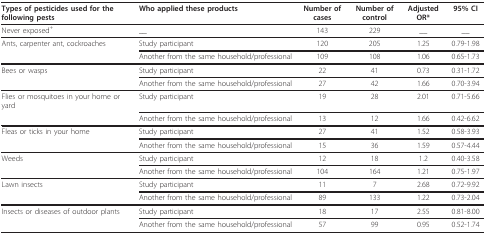
| Types of pesticides used for the following pests | Who applied these products | Number of cases | Number of control | Adjusted OR* | 95% CI |
 | --- | --- | --- | --- | --- | --- |
 | Never exposed+ | __ | 143 | 229 | __ | __ |
 | Ants, carpenter ant, cockroaches | Study participant | 120 | 205 | 1.25 | 0.79-1.98 |
 |  | Another from the same household/professional | 109 | 108 | 1.06 | 0.65-1.73 |
 | Bees or wasps | Study participant | 22 | 41 | 0.73 | 0.31-1.72 |
 |  | Another from the same household/professional | 27 | 42 | 1.66 | 0.70-3.94 |
 | Flies or mosquitoes in your home or yard | Study participant | 19 | 28 | 2.01 | 0.71-5.66 |
 |  | Another from the same household/professional | 13 | 12 | 1.66 | 0.42-6.62 |
 | Fleas or ticks in your home | Study participant | 27 | 41 | 1.52 | 0.58-3.93 |
 |  | Another from the same household/professional | 15 | 36 | 1.59 | 0.57-4.44 |
 | Weeds | Study participant | 12 | 18 | 1.2 | 0.40-3.58 |
 |  | Another from the same household/professional | 104 | 164 | 1.21 | 0.75-1.97 |
 | Lawn insects | Study participant | 11 | 7 | 2.68 | 0.72-9.92 |
 |  | Another from the same household/professional | 89 | 133 | 1.22 | 0.73-2.04 |
 | Insects or diseases of outdoor plants | Study participant | 18 | 17 | 2.55 | 0.81-8.00 |
 |  | Another from the same household/professional | 57 | 99 | 0.95 | 0.52-1.74 |